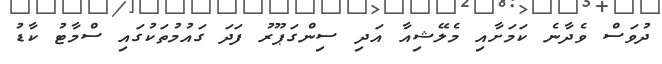
ދުވަސް ވެދާނެ ކަމަށާއި މެލޭޝިއާ އަދި ސިންގަޕޫރު ފަދަ ގައުމުތަކުގައި ސްމާޓު ކާޑު